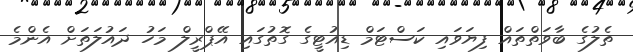
ތެލުގެ ބާވަތްތައް ފިޔަވައި ކަސްޓަމް ޑިއުޓީގެ ގޮތުގައި އޭޕްރީލް މަހު ދައުލަތަށް އެންމެ